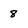
Character: 8